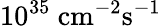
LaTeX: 10^{35}\mathrm{~cm^{-2}s^{-1}}